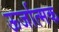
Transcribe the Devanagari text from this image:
ऊर्जात्मक